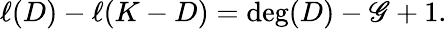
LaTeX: \ell(D)-\ell(K-D)=\deg(D)-\mathscr{G}+1.